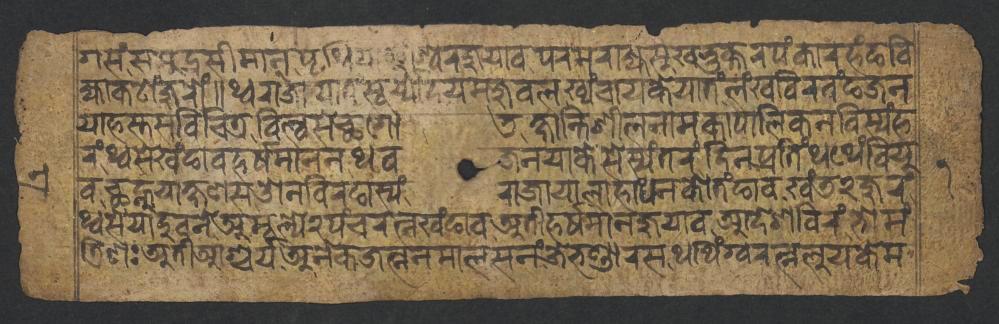
𑐐𑐳𑑄𑐳𑐩𑐸𑐡𑑂𑐬𑐳𑐷𑐩𑐵𑐣𑐥𑐺𑐠𑑂𑐰𑐶𑐫𑐵𑐃𑐱𑑂𑐰𑐬𑐖𑐸𑐫𑐵𑐰𑐥𑐬𑐩𑐬𑐵𑐖𑑂𑐫𑐳𑐸𑐏𑐨𑐸𑐎𑑂𑐟𑐬𑐥𑑄𑐎𑐵𑐬𑐴𑑄𑐒𑐧𑐶 𑐖𑑂𑐫𑐵𑐎𑐚𑑀𑑄𑐖𑐸𑐬𑑀𑑄𑑌𑐠𑑂𑐰𑐬𑐵𑐖𑐵𑐫𑐵𑐟𑐳𑐹𑐬𑑂𑐫𑑂𑐫𑑀𑐡𑐫𑐩𑐖𑐸𑐰𑐮𑐏𑑂𑐫𑑄𑐔𑐵𑐫𑐎𑐾𑐫𑐵𑐟𑑄,𑐮𑑄𑐏𑐧𑐶𑐮𑐰𑑄𑐒𑐖𑐣 𑐫𑐵𑐴𑐳𑑂𑐟𑐳𑐰𑐶𑐔𑐶𑐟𑑂𑐬𑐧𑐶𑐮𑑂𑐰𑐳𑐾𑐕𑐐𑑀𑐜𑐎𑑂𑐲𑐵𑐣𑑂𑐟𑐶𑐱𑐷𑐮𑐣𑐵𑐩𑐎𑐵𑐥𑐵𑐮𑐶𑐎𑐣𑐧𑐶𑐳𑑂𑐫𑑄𑐴 𑐬𑑄,𑐠𑑂𑐰𑐳𑐾𑐏𑑄𑐒𑐵𑐰𑐴𑐬𑑂𑐲𑐩𑐵𑐣𑐣𑐠𑐰𑐖𑐣𑐫𑐵𑐎𑐾𑐳𑐾𑐳𑑂𑐫𑑄𑐟𑐬𑑄,𑐡𑐶𑐣𑐥𑑂𑐬𑐟𑐶𑑄𑐠𑐠𑐾𑑄𑐧𑐶𑐫𑐸 𑐰𑐕𑐣𑑂𑐴𑐸𑐫𑐵𑐎𑑂𑐲𑐞𑐳𑐌𑐣𑐧𑐶𑐬𑐒𑐵𑐳𑑂𑐫𑑄𑐬𑐵𑐖𑐵𑐫𑐵𑐮𑐵𑐴𑐵𑐠𑐣𑐎𑑀𑐟𑑄𑐒𑐵𑐰𑐏𑑄𑐜𑑒𑐖𑐸𑐬𑑄, 𑐠𑑂𑐰𑐳𑐾𑐫𑐵𑐡𑐸𑐰𑐣𑐾𑐀𑐩𑐹𑐮𑑂𑐫𑑒𑐥𑑄𑐔𑐬𑐟𑑂𑐣𑐏𑑄𑐒𑐵𑐰𑐀𑐟𑐷𑐴𑐬𑑂𑐲𑐩𑐵𑐣𑐖𑐸𑐫𑐵𑐰𑐁𑐡𑐾𑐱𑐧𑐶𑐬𑑄𑐨𑑀𑐩𑑄 𑐟𑑂𑐬𑐶𑐞𑑅𑐀𑐟𑐷𑐁𑐱𑑂𑐔𑐬𑑂𑐫𑐀𑐣𑐾𑐎𑐖𑐟𑑂𑐣𑐣𑐩𑐵𑐮𑐳𑐣𑑄𑐖𑐾𑐨𑐞𑑂𑐜𑐵𑐬𑐳𑐠𑐠𑐶𑑄𑐐𑑂𑐰𑐬𑐟𑑂𑐣𑐮𑐸𑐫𑐎𑐾𑐩